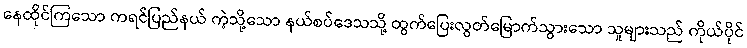
နေထိုင်ကြသော ကရင်ပြည်နယ် ကဲ့သို့သော နယ်စပ်ဒေသသို့ ထွက်ပြေးလွတ်မြောက်သွားသော သူများသည် ကိုယ်ပိုင်